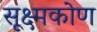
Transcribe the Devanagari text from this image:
सूक्ष्मकोण